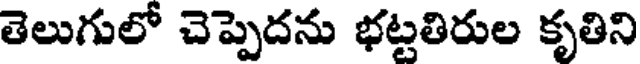
తెలుగులో చెప్పెదను భట్టతిరుల కృతిని